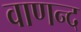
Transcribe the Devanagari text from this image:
वाणन्द